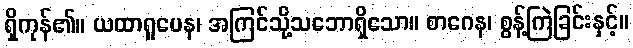
ရှိကုန်၏။ ယထာရူပေန၊ အကြင်သို့သဘောရှိသော။ စာဂေန၊ စွန့်ကြဲခြင်းနှင့်။